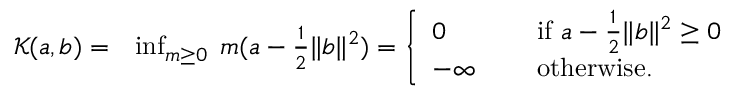
\begin{array} { r l } { { \mathcal K } ( \mathfrak { a } , \mathfrak { b } ) = } & { \operatorname* { i n f } _ { m \geq 0 } \; m ( \mathfrak { a } - \frac { 1 } { 2 } \| \mathfrak { b } \| ^ { 2 } ) = \left\{ \begin{array} { l l } { 0 \quad \quad } & { \mathrm { ~ i f ~ } \mathfrak { a } - \frac { 1 } { 2 } \| \mathfrak { b } \| ^ { 2 } \geq 0 } \\ { - \infty \quad } & { \mathrm { ~ o t h e r w i s e . } } \end{array} \right. } \end{array}